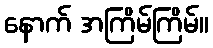
နောက် အကြိမ်ကြိမ်။